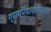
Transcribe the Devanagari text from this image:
ग्रामपंचायतींपर्यंत